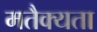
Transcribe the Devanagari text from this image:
मतैक्यता